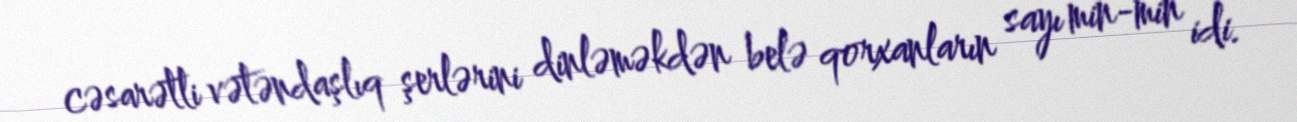
cəsarətli vətəndaşlıq şerlərini dinləməkdən belə qorxanların sayı min-min idi.